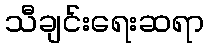
သီချင်းရေးဆရာ